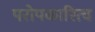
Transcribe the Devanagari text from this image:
परोपकारित्व